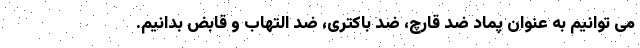
می توانیم به عنوان پماد ضد قارچ، ضد باکتری، ضد التهاب و قابض بدانیم.